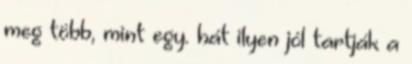
meg több, mint egy. hát ilyen jól tartják a